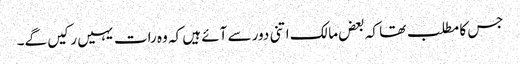
جس کا مطلب تھا کہ بعض مالک اتنی دور سے آئے ہیں کہ وہ رات یہیں رکیں گے۔